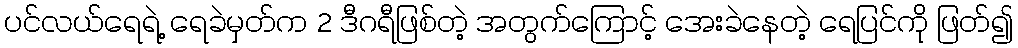
ပင်လယ်ရေရဲ့ ရေခဲမှတ်က 2 ဒီဂရီဖြစ်တဲ့ အတွက်ကြောင့် အေးခဲနေတဲ့ ရေပြင်ကို ဖြတ်၍